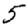
Digit: 5